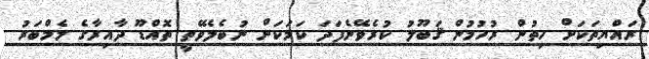
ރައްޔިތަކަށް ހިތުން ރުހުމުން ޤަބޫލު ކުރެވޭނެފަދަ ކަމަކަށް ނުބެލެވޭތީ ތޮއްޑޫ ދާއިރާގެ މެމްބަރު